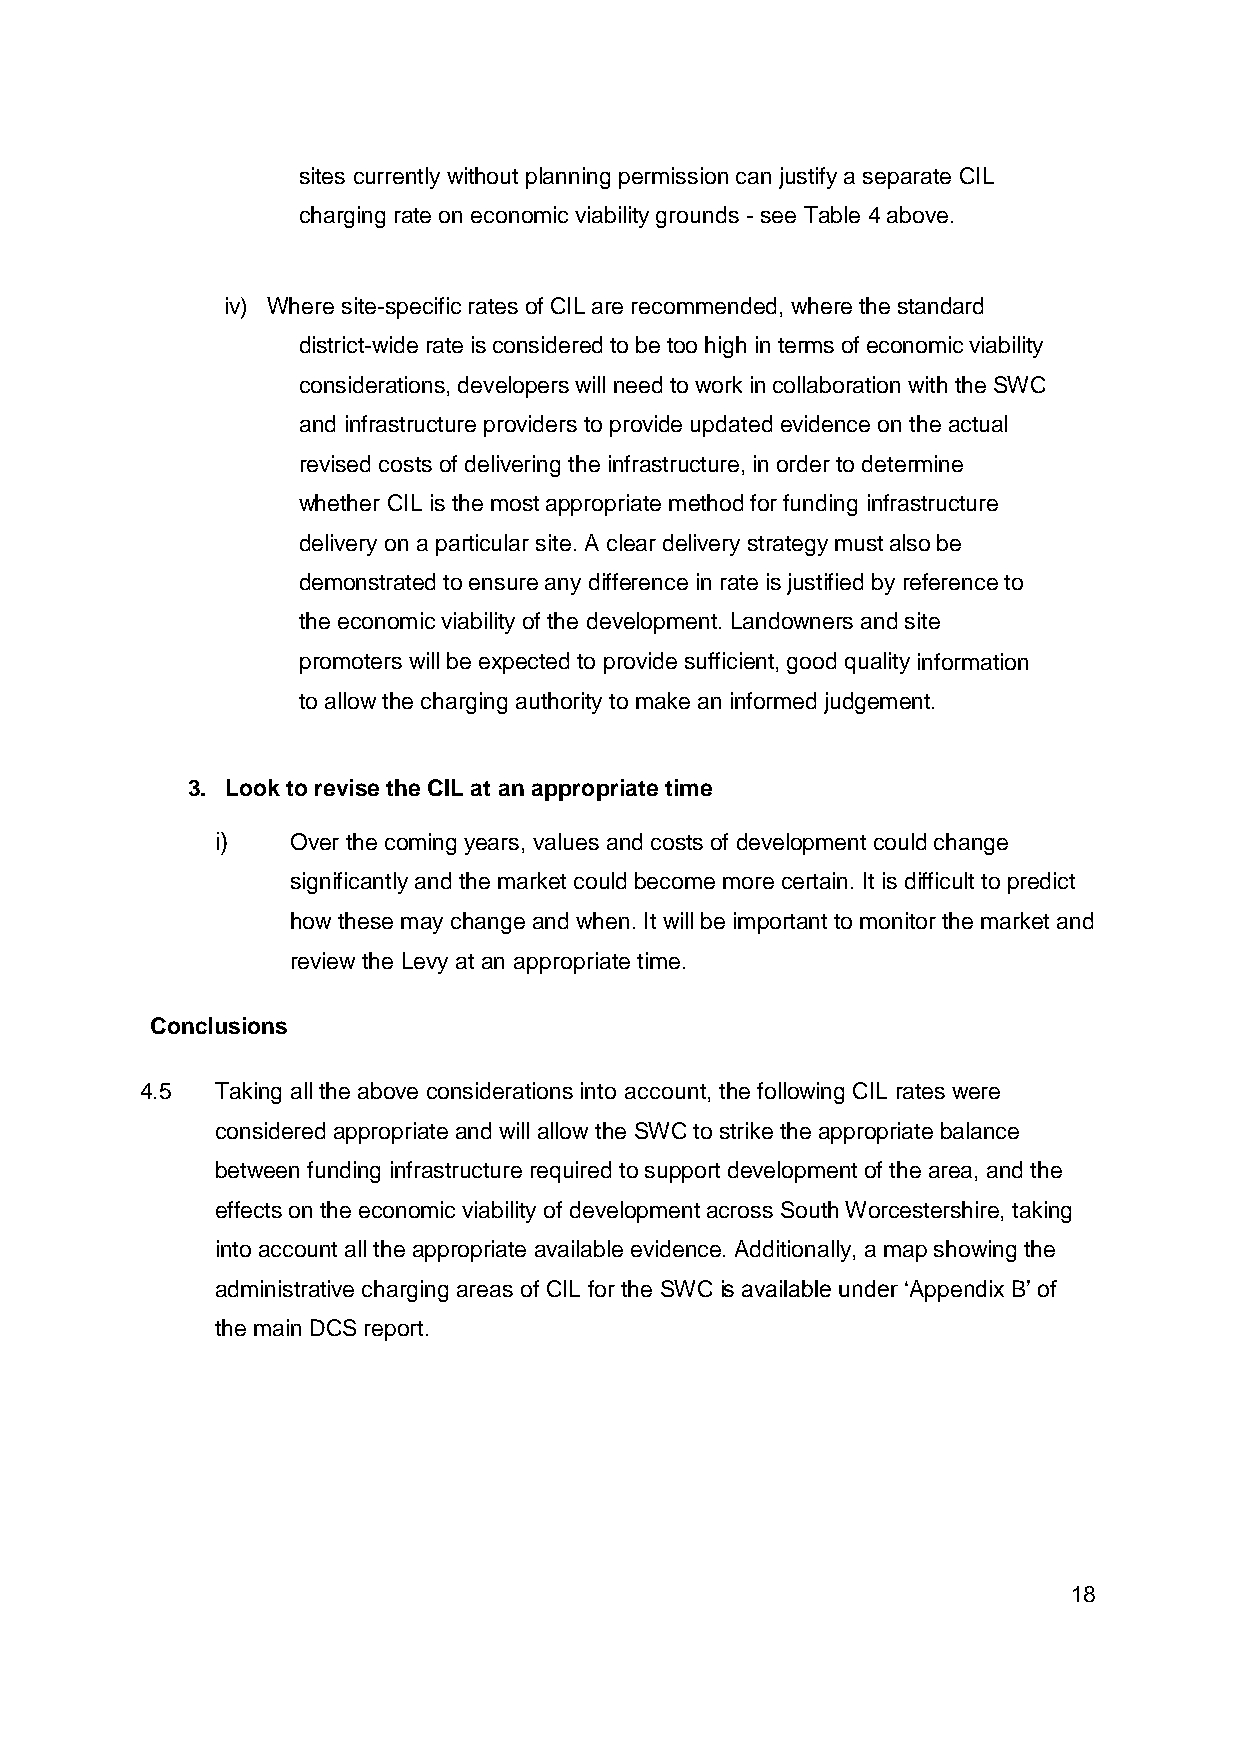
sites currently without planning permission can justify a separate CIL
 charging rate on economic viability grounds - see Table 4 above.
 iv) Where site-specific rates of CIL are recommended, where the standard
 district-wide rate is considered to be too high in terms of economic viability
 considerations, developers will need to work in collaboration with the SWC
 and infrastructure providers to provide updated evidence on the actual
 revised costs of delivering the infrastructure, in order to determine
 whether CIL is the most appropriate method for funding infrastructure
 delivery on a particular site. A clear delivery strategy must also be
 demonstrated to ensure any difference in rate is justified by reference to
 the economic viability of the development. Landowners and site
 promoters will be expected to provide sufficient, good quality information
 to allow the charging authority to make an informed judgement.
 3. Look to revise the CIL at an appropriate time
 i)   Over the coming years, values and costs of development could change
 significantly and the market could become more certain. It is difficult to predict
 how these may change and when. It will be important to monitor the market and
 review the Levy at an appropriate time.
 Conclusions
 4.5  Taking all the above considerations into account, the following CIL rates were
 considered appropriate and will allow the SWC to strike the appropriate balance
 between funding infrastructure required to support development of the area, and the
 effects on the economic viability of development across South Worcestershire, taking
 into account all the appropriate available evidence. Additionally, a map showing the
 administrative charging areas of CIL for the SWC is available under „Appendix B‟ of
 the main DCS report.
 18